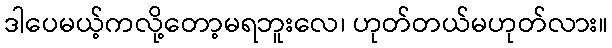
ဒါပေမယ့်ကလို့တော့မရဘူးလေ၊ ဟုတ်တယ်မဟုတ်လား။